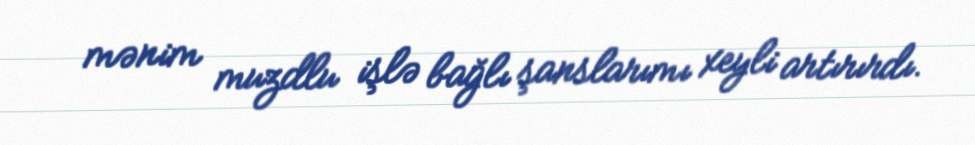
mənim muzdlu işlə bağlı şanslarımı xeyli artırırdı.